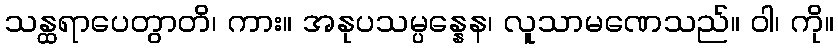
သန္ထရာပေတွာတိ၊ ကား။ အနုပသမ္ပန္နေန၊ လူသာမဏေသည်။ ဝါ၊ ကို။